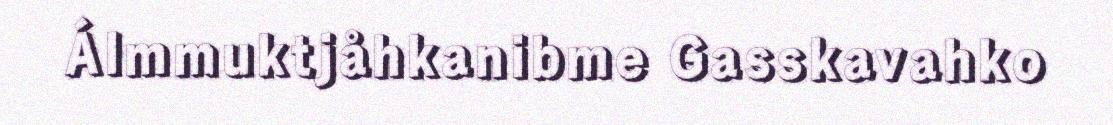
Álmmuktjåhkanibme Gasskavahko